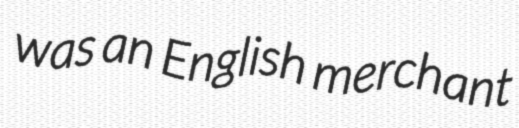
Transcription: was an English merchant